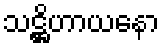
သဋ္ဌိဟာယနော